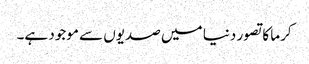
کرما کا تصور دنیا میں صدیوں سے موجود ہے۔